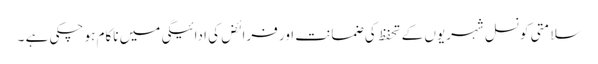
سلامتی کونسل شہریوں کے تحفظ کی ضمانت اور فرائض کی ادائیگی میں ناکام ہو چکی ہے ۔